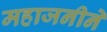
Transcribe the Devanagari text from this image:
महाजनीने